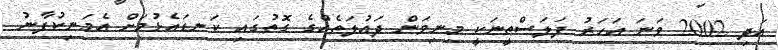
އަދި 2002 ވަނަ އަހަރު ފަލަސްތީނަކީ މިނިވަން ދައުލަތެއްގެ ގޮތުގައި ކަނޑައެޅުމަށް އެމަނިކުފާނު